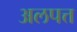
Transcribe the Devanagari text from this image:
अलपत्त